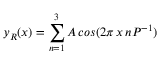
y _ { R } ( x ) = \sum _ { n = 1 } ^ { 3 } A \, c o s ( 2 \pi \, x \, n P ^ { - 1 } )